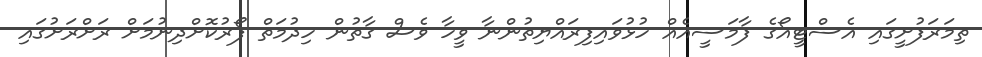
ތިމަރަފުށީގައި އެސްޓީއޯގެ ފާމަސީއެއް ހުޅުވައިފިރައްޔިތުންނާ ވީހާ ވެސް ގާތުން ހިދުމަތް ފޯރުކޮށްދިނުމަށް ރަށްރަށުގައި